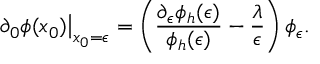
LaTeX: \left. \partial _ { 0 } \phi ( x _ { 0 } ) \right| _ { x _ { 0 } = \epsilon } = \left( { \frac { \partial _ { \epsilon } \phi _ { h } ( \epsilon ) } { \phi _ { h } ( \epsilon ) } } - { \frac { \lambda } { \epsilon } } \right) \phi _ { \epsilon } .